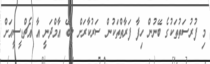
މި ފުރުސަތުތަކުގެ ބޭނުން ހިފާ ފަރާތްތަކުން ސަރުކާރަށް ލިބޭ އާމްދަނީ އާ އެޗްޑީސީއަށް